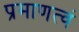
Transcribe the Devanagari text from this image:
प्रमाणत्वं